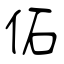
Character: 佦